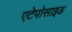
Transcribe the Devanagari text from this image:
एटेपोसाइड